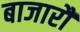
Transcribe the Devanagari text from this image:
बाजारौं